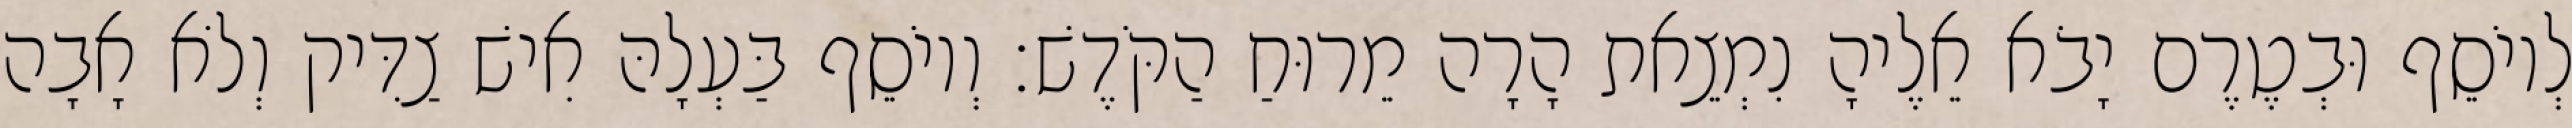
לְיוֹסֵף וּבְטֶרֶם יָבֹא אֵלֶיהָ נִמְצֵאת הָרָה מֵרוּחַ הַקֹּדֶשׁ׃ וְיוֹסֵף בַּעְלָהּ אִישׁ צַדִּיק וְלֹא אָבָה